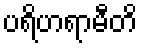
ပရိဟရာမီတိ